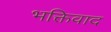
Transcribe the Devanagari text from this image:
भक्तिवाद